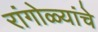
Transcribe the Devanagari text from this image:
रांगोळ्यांचे